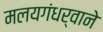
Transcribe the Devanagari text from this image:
मलयगंधर्वाने